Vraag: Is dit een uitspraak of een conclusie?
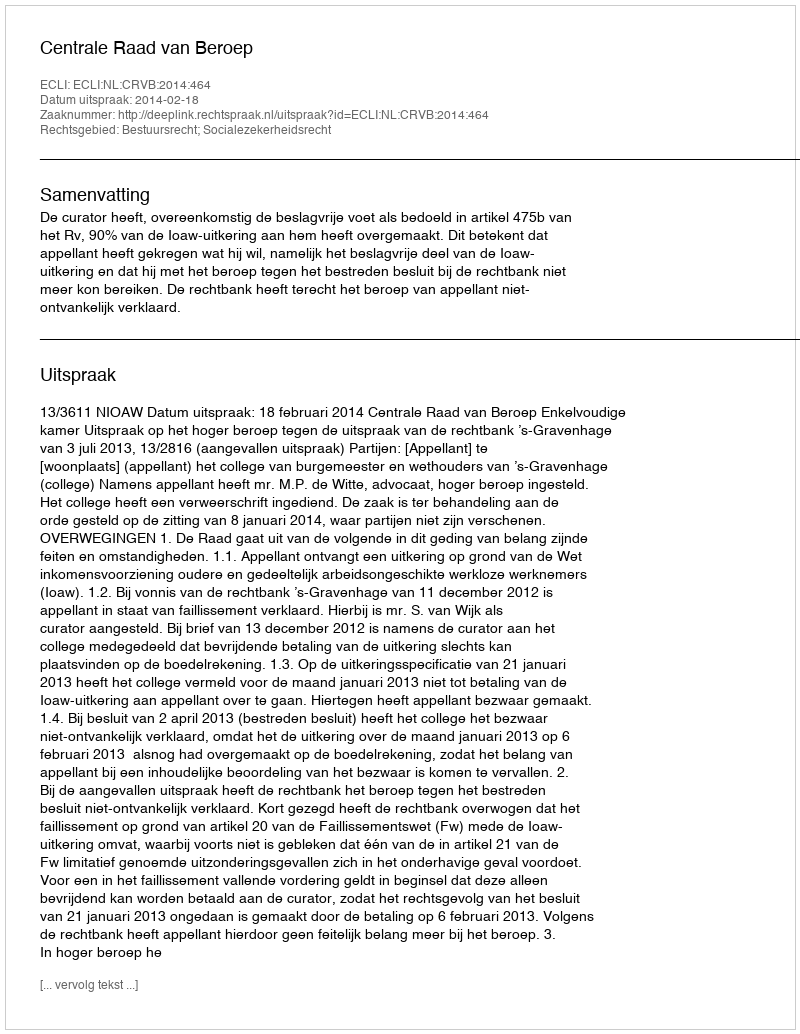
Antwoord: Uitspraak